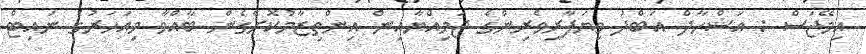
އިމޭޖަސް : އަޝްހާދް އަބްދު ވިޔަފާރިވެރިންގެ ޖަމިއްޔާއިން އިންތިޒާމުކޮށްގެން ބާއްވާ މިއަހަރުގެ ނައިޓް